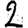
Digit: 2